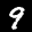
Label: 9